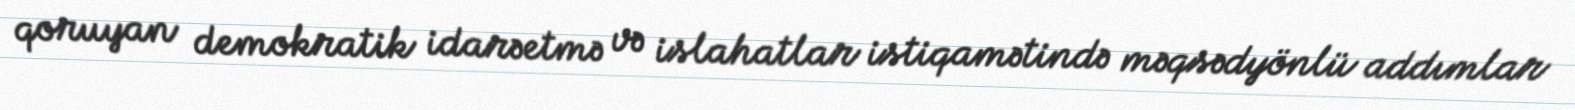
qoruyan demokratik idarəetmə və islahatlar istiqamətində məqsədyönlü addımlar